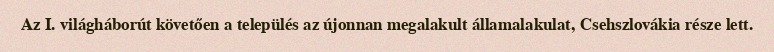
Az I. világháborút követően a település az újonnan megalakult államalakulat, Csehszlovákia része lett.